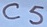
Text: C5